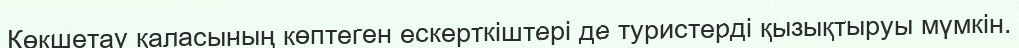
Көкшетау қаласының көптеген ескерткіштері де туристерді қызықтыруы мүмкін.